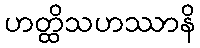
ဟတ္ထိသဟဿာနိ